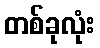
တစ်ခုလုံး